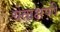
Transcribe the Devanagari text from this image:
येताक्षणी